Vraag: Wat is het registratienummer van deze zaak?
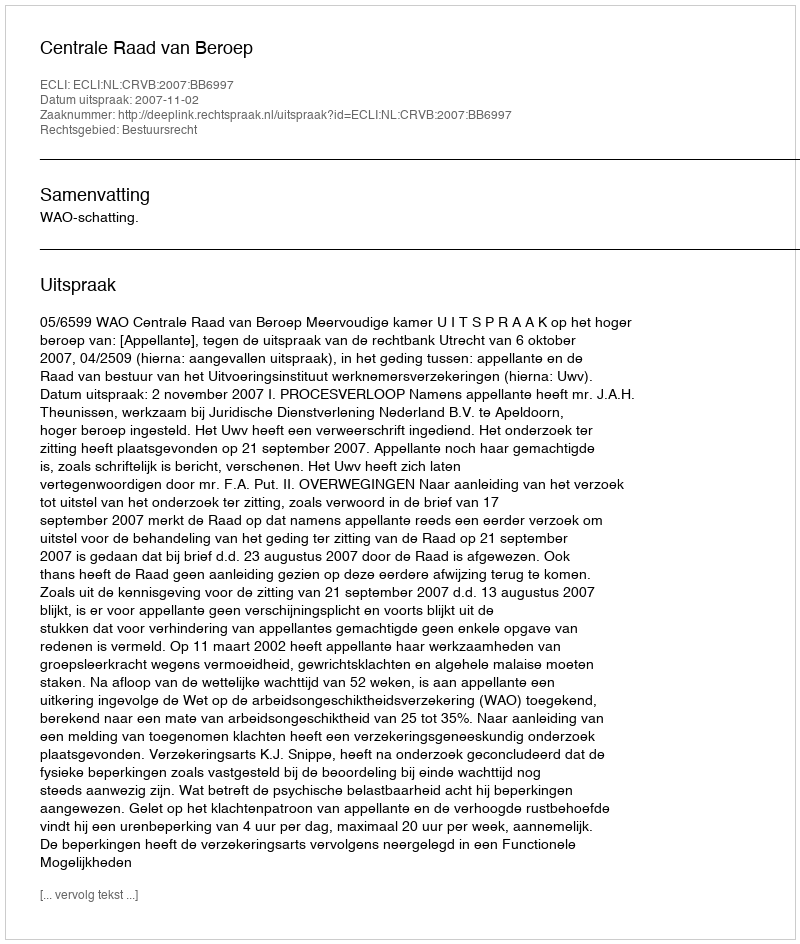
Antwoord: http://deeplink.rechtspraak.nl/uitspraak?id=ECLI:NL:CRVB:2007:BB6997